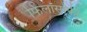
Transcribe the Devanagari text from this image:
फिलॉसोफी